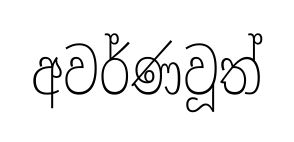
අවර්ණවූත්